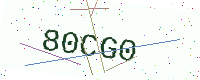
Text: 80CG0